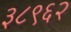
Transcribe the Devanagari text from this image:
३८९६२